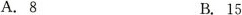
A. 8 B. 15